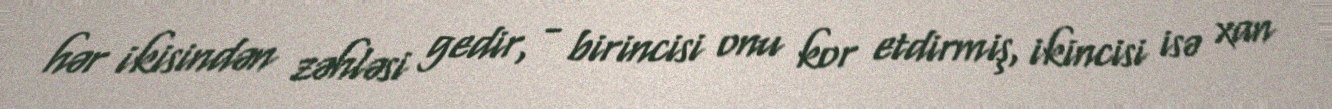
hər ikisindən zəhləsi gedir, - birincisi onu kor etdirmiş, ikincisi isə xan